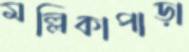
মল্লিকাপাড়া